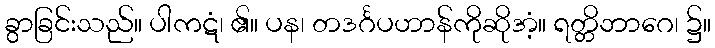
ခွာခြင်းသည်။ ပါကဋံ၊ ၏။ ပန၊ တဒင်္ဂပဟာန်ကိုဆိုအံ့။ ရတ္တိဘာဂေ၊ ၌။